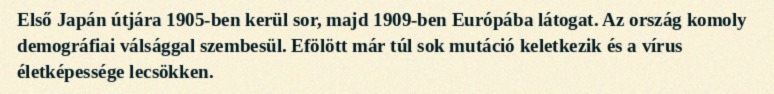
Első Japán útjára 1905-ben kerül sor, majd 1909-ben Európába látogat. Az ország komoly demográfiai válsággal szembesül. Efölött már túl sok mutáció keletkezik és a vírus életképessége lecsökken.